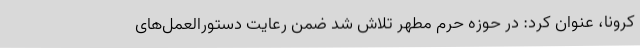
کرونا، عنوان کرد: در حوزه حرم مطهر تلاش شد ضمن رعایت دستورالعمل‌های